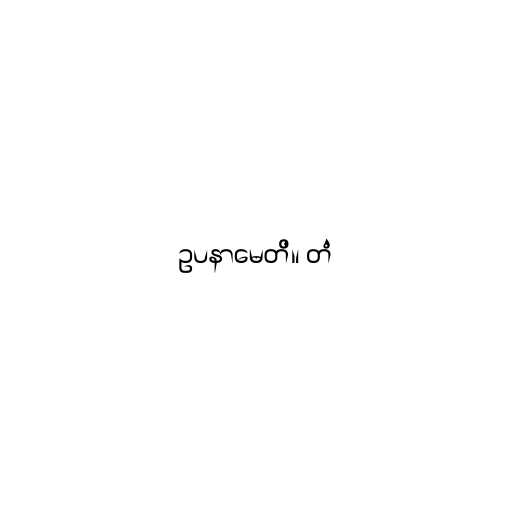
ဥပနာမေတိ။ တံ